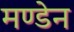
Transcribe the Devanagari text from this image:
मण्‍डेन